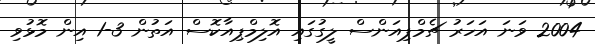
2004 ވަނަ އަހަރު ޗެމްޕިއަންސް ލީގުގައި އޮލިމްޕިއާކޮސް އަތުން 3-1 އިން މޮޅުވި